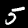
Label: 5